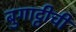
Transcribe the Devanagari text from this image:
बुगाट्टीची